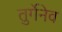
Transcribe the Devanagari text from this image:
तुर्गेनेव